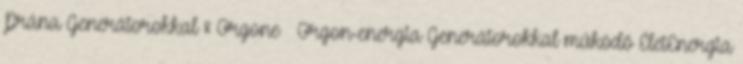
Prána Generátorokkal & Orgone Orgon-energia Generátorokkal működő ÉletEnergia